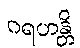
ဂရဟန္တိ